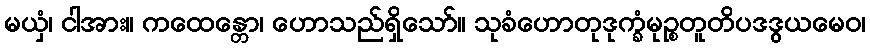
မယှံ၊ ငါအား။ ကထေန္တော၊ ဟောသည်ရှိသော်။ သုခံဟောတုဒုက္ခံမုဉ္စတူတိပဒဒွယမေဝ၊